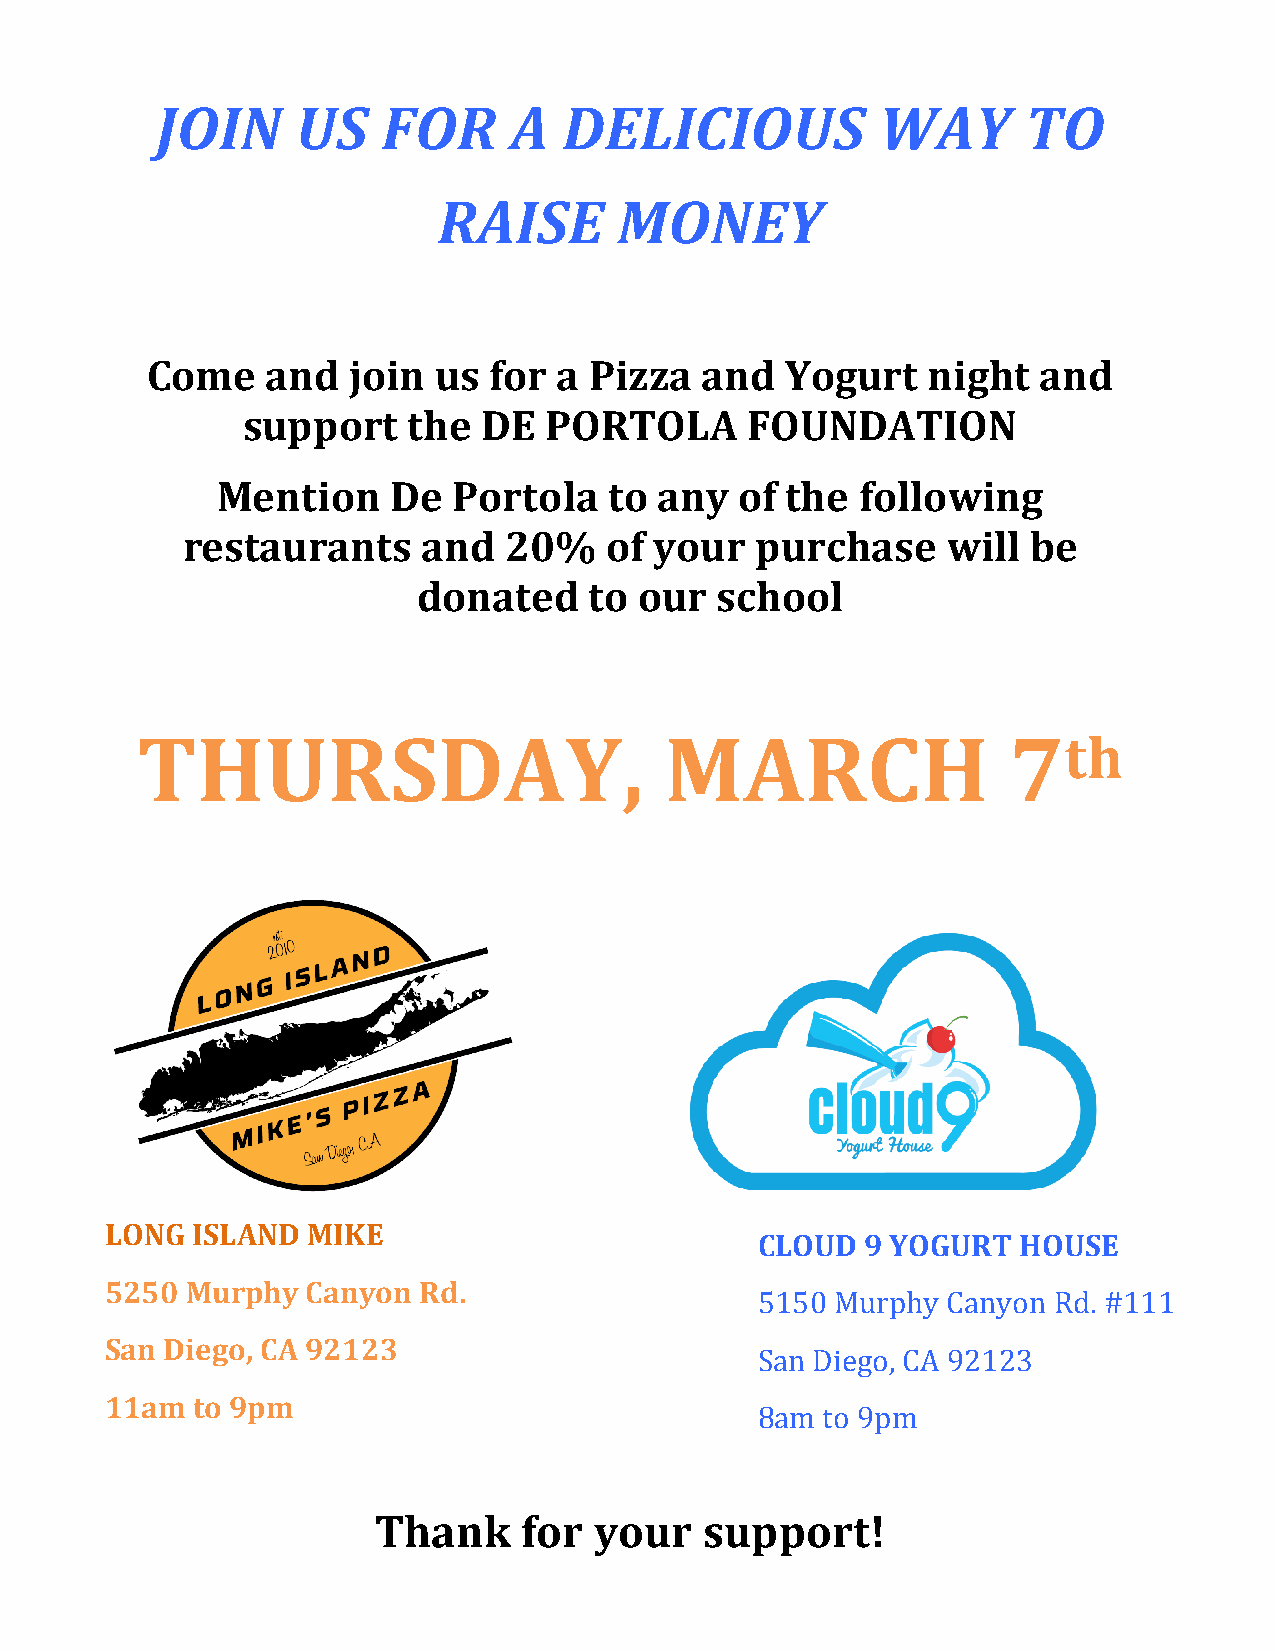
JOIN      US   FOR      A  DELICIOUS            WAY       TO
 RAISE       MONEY
 Come    and  join  us for  a Pizza  and   Yogurt   night   and
 support    the  DE  PORTOLA      FOUNDATION
 Mention     De  Portola   to  any  of the  following
 restaurants     and  20%    of your   purchase     will be
 donated    to our  school
 THURSDAY,                          MARCH                  7th
 LONG  ISLAND MIKE
 CLOUD  9 YOGURT  HOUSE
 5250 Murphy  Canyon  Rd.
 5150 Murphy  Canyon Rd. #111
 San Diego, CA 92123
 San Diego, CA 92123
 11am  to 9pm
 8am to 9pm
 Thank     for your    support!